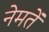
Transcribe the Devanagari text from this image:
नेमतें